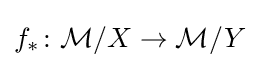
f_{*}\colon {\mathcal {M}}/X\rightarrow {\mathcal {M}}/Y